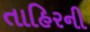
તાહિરની